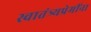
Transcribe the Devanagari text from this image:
स्वातंत्र्यप्रेमींना